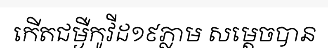
កើតជម្ងឺកូវីដ១៩ភ្លាម សម្តេចបាន